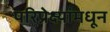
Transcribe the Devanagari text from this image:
परिप्रेक्ष्यांमधून